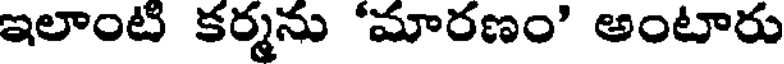
ఇలాంటి కర్మను 'మారణం' అంటారు